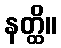
နတ္ထိ။